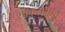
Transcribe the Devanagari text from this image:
शोकसभांचे